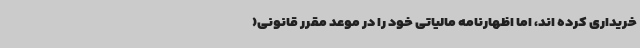
خریداری کرده اند، اما اظهارنامه مالیاتی خود را در موعد مقرر قانونی(